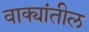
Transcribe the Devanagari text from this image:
वाक्यांतील